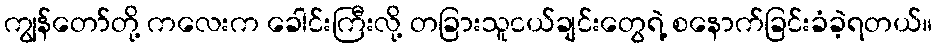
ကျွန်တော်တို့ ကလေးက ခေါင်းကြီးလို့ တခြားသူငယ်ချင်းတွေရဲ့ စနောက်ခြင်းခံခဲ့ရတယ်။